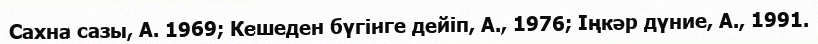
Сахна сазы, А. 1969; Кешеден бүгінге дейіп, А., 1976; Іңкәр дүние, А., 1991.